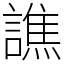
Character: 譙